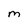
Character: M